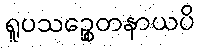
ရူပသဉ္စေတနာယပိ